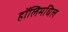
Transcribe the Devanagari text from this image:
हॉलिमधिल